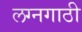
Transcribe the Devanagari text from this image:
लग्नगाठी